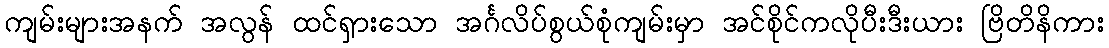
ကျမ်းများအနက် အလွန် ထင်ရှားသော အင်္ဂလိပ်စွယ်စုံကျမ်းမှာ အင်စိုင်ကလိုပီးဒီးယား ဗြိတိနိကား